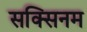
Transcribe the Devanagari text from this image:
सक्सिनम